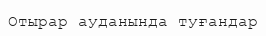
Отырар ауданында туғандар